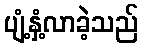
ပျံ့နှံ့လာခဲ့သည်